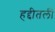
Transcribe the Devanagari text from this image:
हद्दीतली